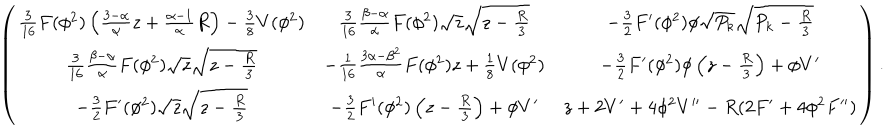
LaTeX: \left( \begin{array} { c c c } { { { \frac { 3 } { 1 6 } } F ( \phi ^ { 2 } ) \left( { \frac { 3 - \alpha } { \alpha } } z + { \frac { \alpha - 1 } { \alpha } } R \right) - { \frac { 3 } { 8 } } V ( \phi ^ { 2 } ) } } & { { { \frac { 3 } { 1 6 } } { \frac { \beta - \alpha } { \alpha } } F ( \phi ^ { 2 } ) \sqrt { z } \sqrt { z - { \frac { R } { 3 } } } } } & { { - { \frac { 3 } { 2 } } F ^ { \prime } ( \phi ^ { 2 } ) \phi \sqrt { P _ { k } } \sqrt { P _ { k } - { \frac { R } { 3 } } } } } \\ { { { \frac { 3 } { 1 6 } } { \frac { \beta - \alpha } { \alpha } } F ( \phi ^ { 2 } ) \sqrt { z } \sqrt { z - { \frac { R } { 3 } } } } } & { { - { \frac { 1 } { 1 6 } } { \frac { 3 \alpha - \beta ^ { 2 } } { \alpha } } F ( \phi ^ { 2 } ) z + { \frac { 1 } { 8 } } V ( \phi ^ { 2 } ) } } & { { - { \frac { 3 } { 2 } } F ^ { \prime } ( \phi ^ { 2 } ) \phi \left( z - { \frac { R } { 3 } } \right) + \phi V ^ { \prime } } } \\ { { - { \frac { 3 } { 2 } } F ^ { \prime } ( \phi ^ { 2 } ) \sqrt { z } \sqrt { z - { \frac { R } { 3 } } } } } & { { - { \frac { 3 } { 2 } } F ^ { \prime } ( \phi ^ { 2 } ) \left( z - { \frac { R } { 3 } } \right) + \phi V ^ { \prime } } } & { { z + 2 V ^ { \prime } + 4 \phi ^ { 2 } V ^ { \prime \prime } - R ( 2 F ^ { \prime } + 4 \phi ^ { 2 } F ^ { \prime \prime } ) } } \\ \end{array} \right) .